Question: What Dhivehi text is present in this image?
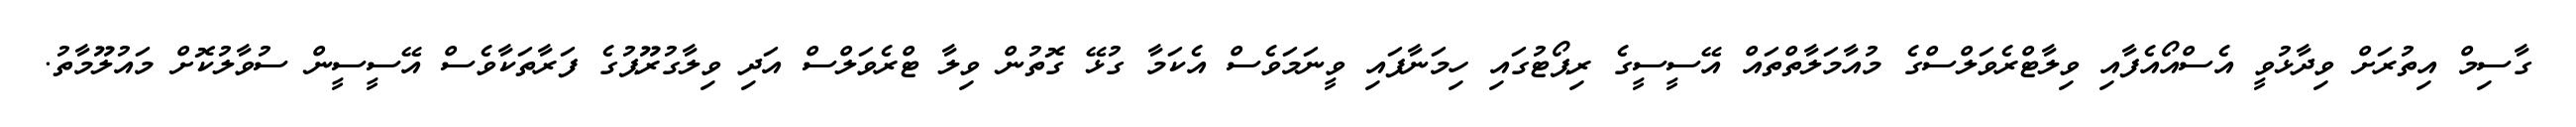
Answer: ގާސިމް އިތުރަށް ވިދާޅުވީ އެސްއޯއެފާއި ވިލާޓްރެވަލްސްގެ މުއާމަލާތްތައް އޭސީސީގެ ރިޕޯޓުގައި ހިމަނާފައި ވީނަމަވެސް އެކަމާ ގުޅޭ ގޮތުން ވިލާ ޓްރެވަލްސް އަދި ވިލާގުރޫޕުގެ ފަރާތަކާވެސް އޭސީސީން ސުވާލުކޮށް މައުލޫމާތު.